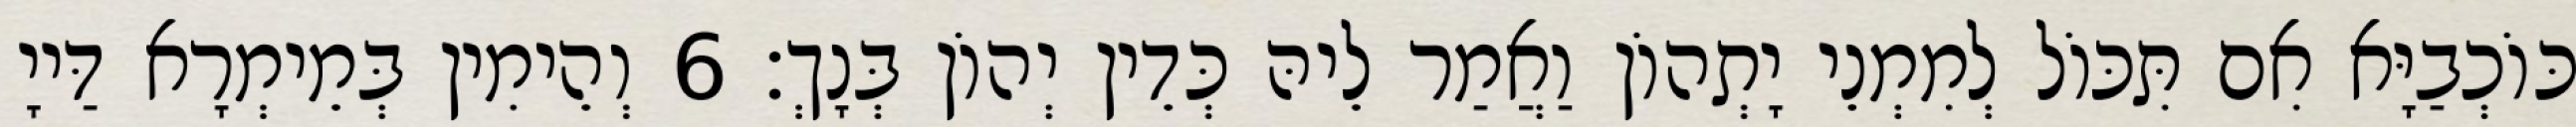
כּוֹכְבַיָּא אִם תִּכּוֹל לְמִמְנֵי יָתְהוֹן וַאֲמַר לֵיהּ כְּדֵין יְהוֹן בְּנָךְ׃ 6 וְהֵימִין בְּמֵימְרָא דַּייָ